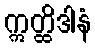
ဣတ္ထိဒါနံ